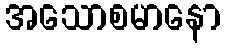
အသောစမာနော